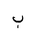
Letter: _ba